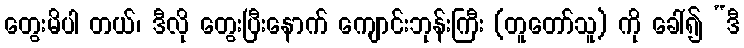
တွေးမိပါ တယ်၊ ဒီလို တွေးပြီးနောက် ကျောင်းဘုန်းကြီး (တူတော်သူ) ကို ခေါ်၍ “ဒီ